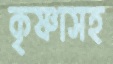
কৃষ্ণাসহ